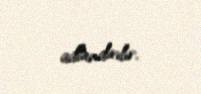
adlandırılır.